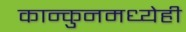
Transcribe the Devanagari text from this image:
कान्कुनमध्येही